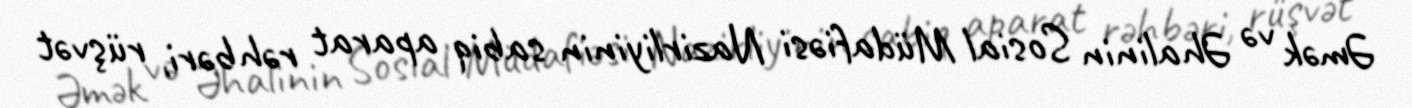
Əmək və Əhalinin Sosial Müdafiəsi Nazirliyinin sabiq aparat rəhbəri, rüşvət